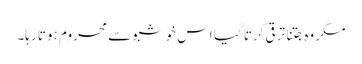
مگر وہ جتنا ترقی کرتا گیا اس خوشبو سے محروم ہوتا رہا۔